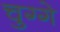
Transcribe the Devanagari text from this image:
चुग्गे